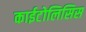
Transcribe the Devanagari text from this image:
काईटोलिसिस